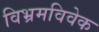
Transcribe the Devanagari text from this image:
विभ्रमविवेक